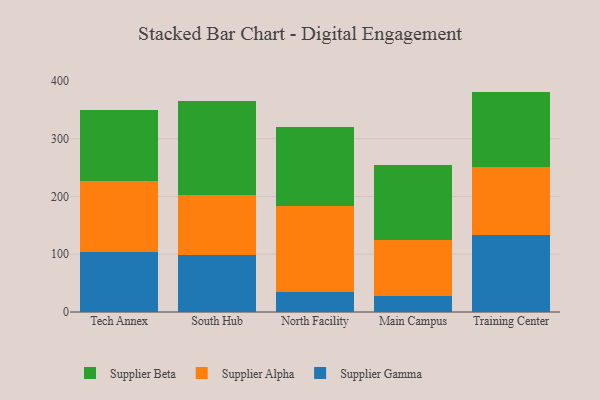
{"axis": {"x": "Campus", "y": "Tickets Resolved"}, "legend": ["Supplier Alpha", "Supplier Beta", "Supplier Gamma"], "data": [{"x": "Tech Annex", "y": 104.6, "type": "Supplier Gamma"}, {"x": "Tech Annex", "y": 122.8, "type": "Supplier Alpha"}, {"x": "Tech Annex", "y": 122.2, "type": "Supplier Beta"}, {"x": "South Hub", "y": 98.1, "type": "Supplier Gamma"}, {"x": "South Hub", "y": 104.7, "type": "Supplier Alpha"}, {"x": "South Hub", "y": 161.6, "type": "Supplier Beta"}, {"x": "North Facility", "y": 34.0, "type": "Supplier Gamma"}, {"x": "North Facility", "y": 149.3, "type": "Supplier Alpha"}, {"x": "North Facility", "y": 137.2, "type": "Supplier Beta"}, {"x": "Main Campus", "y": 27.4, "type": "Supplier Gamma"}, {"x": "Main Campus", "y": 96.8, "type": "Supplier Alpha"}, {"x": "Main Campus", "y": 129.5, "type": "Supplier Beta"}, {"x": "Training Center", "y": 132.5, "type": "Supplier Gamma"}, {"x": "Training Center", "y": 119.2, "type": "Supplier Alpha"}, {"x": "Training Center", "y": 129.8, "type": "Supplier Beta"}]}